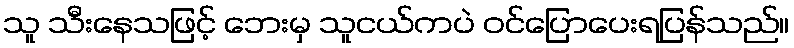
သူ သီးနေသဖြင့် ဘေးမှ သူငယ်ကပဲ ဝင်ပြောပေးရပြန်သည်။